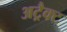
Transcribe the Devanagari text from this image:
अट्रैक्ट